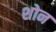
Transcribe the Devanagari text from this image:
शोन